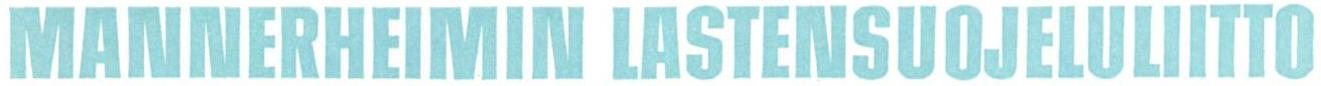
MANNERHEIMIN LASTENSUOJELULIITTO